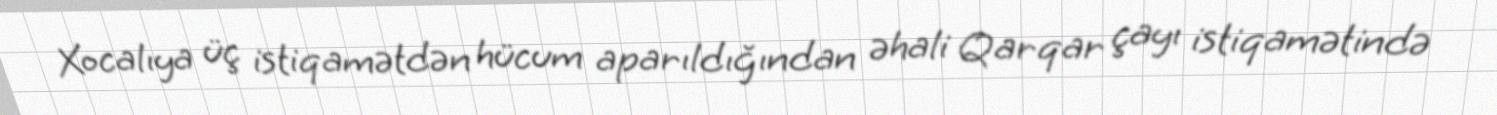
Xocalıya üç istiqamətdən hücum aparıldığından əhali Qarqar çayı istiqamətində